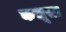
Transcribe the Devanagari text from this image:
कलूसा